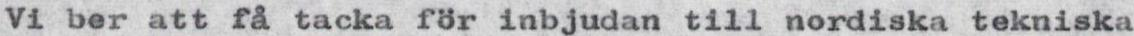
Vi ber att få tacka för inbjudan till nordiska tekniska